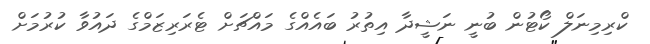
ކްރިމިނަލް ކޯޓުން ބުނީ ނަޝީދާ އިތުރު ބައެއްގެ މައްޗަށް ޓެރަރިޒަމްގެ ދައުވާ ކުރުމަށް